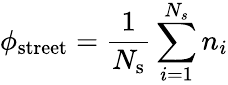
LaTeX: \phi_{\mathrm{street}}=\frac{1}{N_{\mathrm{s}}}\sum_{i=1}^{N_{s}}n_{i}